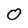
Character: 0